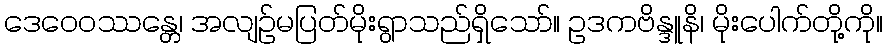
ဒေဝေဝဿန္တေ၊ အလျဉ်မပြတ်မိုးရွာသည်ရှိသော်။ ဥဒကဗိန္ဒူနိ၊ မိုးပေါက်တို့ကို။